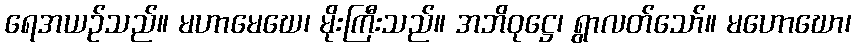
ရေအယဉ်သည်။ မဟာမေဃေ၊ မိုးကြီးသည်။ အဘိဝုဋ္ဌေ၊ ရွာလတ်သော်။ မဟောဃော၊